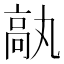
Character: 𩪿